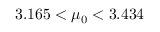
3 . 1 6 5 < \mu _ { 0 } < 3 . 4 3 4